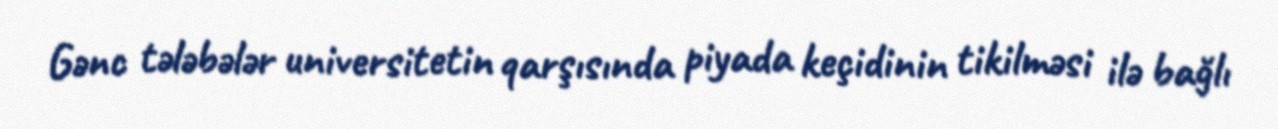
Gənc tələbələr universitetin qarşısında piyada keçidinin tikilməsi ilə bağlı